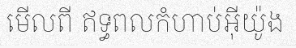
មើលពី ឥទ្ធពលកំហាប់អ៊ីយ៉ូង